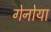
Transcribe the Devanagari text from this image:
गेनोया